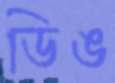
ডিঙ